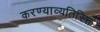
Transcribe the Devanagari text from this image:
करण्याव्यतिरिक्त